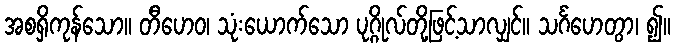
အစရှိကုန်သော။ တီဟေဝ၊ သုံးယောက်သော ပုဂ္ဂိုလ်တို့ဖြင့်သာလျှင်။ သင်္ဂဟေတွာ၊ ၍။